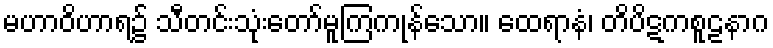
မဟာဝိဟာရ၌ သီတင်းသုံးတော်မူကြကုန်သော။ ထေရာနံ၊ တိပိဋကစူဠနာဂ